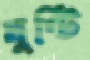
ঘুণ্টি